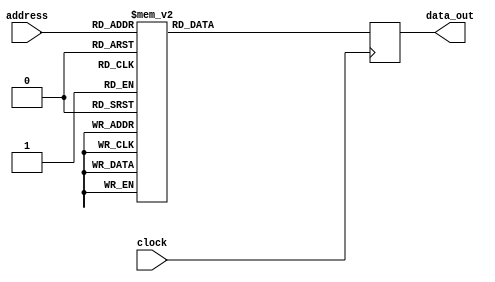
//------------------------------------------------------------------
// Arquivo   : sync_rom_16x4.v
// Projeto   : Experiencia 6 - Projeto Base do Jogo do Desafio da Memria
//------------------------------------------------------------------
// Descricao : ROM sincrona 16x4
//             
//------------------------------------------------------------------
module sync_rom_16x4 (clock, address, data_out);
    input            clock   ;
    input      [3:0] address ;
    output reg [3:0] data_out;

    always @ (posedge clock)
    begin
        case (address)
            4'b0000: data_out = 4'b0001;
            4'b0001: data_out = 4'b0010;
            4'b0010: data_out = 4'b0100;
            4'b0011: data_out = 4'b1000;
            4'b0100: data_out = 4'b0100;
            4'b0101: data_out = 4'b0010;
            4'b0110: data_out = 4'b0001;
            4'b0111: data_out = 4'b0001;
            4'b1000: data_out = 4'b0010;
            4'b1001: data_out = 4'b0010;
            4'b1010: data_out = 4'b0100;
            4'b1011: data_out = 4'b0100;
            4'b1100: data_out = 4'b1000;
            4'b1101: data_out = 4'b1000;
            4'b1110: data_out = 4'b0001;
            4'b1111: data_out = 4'b0100;
        endcase
    end
endmodule